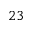
2 3